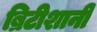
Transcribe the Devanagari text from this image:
ब्रिटीशानी